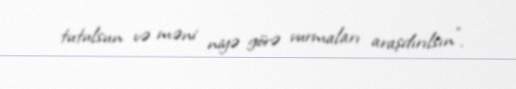
tutulsun və məni niyə görə vurmaları araşdırılsın".